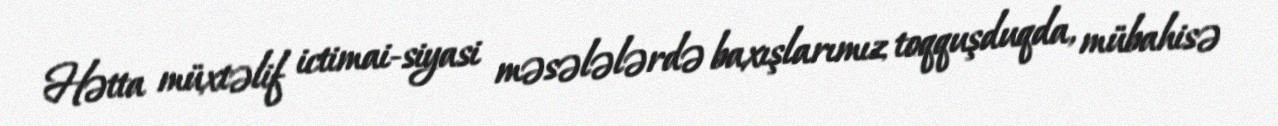
Hətta müxtəlif ictimai-siyasi məsələlərdə baxışlarımız toqquşduqda, mübahisə